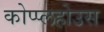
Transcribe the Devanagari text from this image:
कोप्प्लहोउस